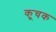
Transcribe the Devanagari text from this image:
कूचक